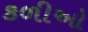
કળીઓ